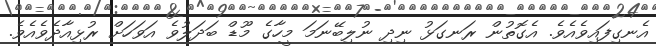
އެނގިފައިވެއެވެ. އެގޮތުން ރަނގަޅު ނިދި ނުލިބޭނަމަ މީހާގެ މޫޑް ބަދަލުވެ އަވަހަށް ރުޅިއާދެވެއެވެ.